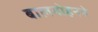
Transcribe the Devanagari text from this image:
बालमोहनने